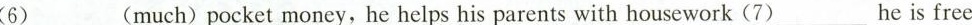
__(6)(much)pocket money, he helps his parents with housework(7)___he is free.